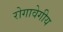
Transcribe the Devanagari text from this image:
रोगावेगीय